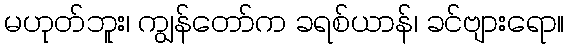
မဟုတ်ဘူး၊ ကျွန်တော်က ခရစ်ယာန်၊ ခင်ဗျားရော။